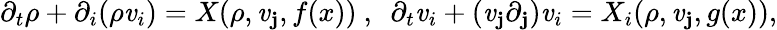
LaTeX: \partial_{t}\rho+\partial_{i}(\rho\mathit{v}_{i})=X(\rho,\mathit{v}_{\mathbf{j}},f(x))~,~~\partial_{t}\mathit{v}_{i}+(\mathit{v}_{\mathbf{j}}\partial_{\mathbf{j}})\mathit{v}_{i}=X_{i}(\rho,\mathit{v}_{\mathbf{j}},g(x)),